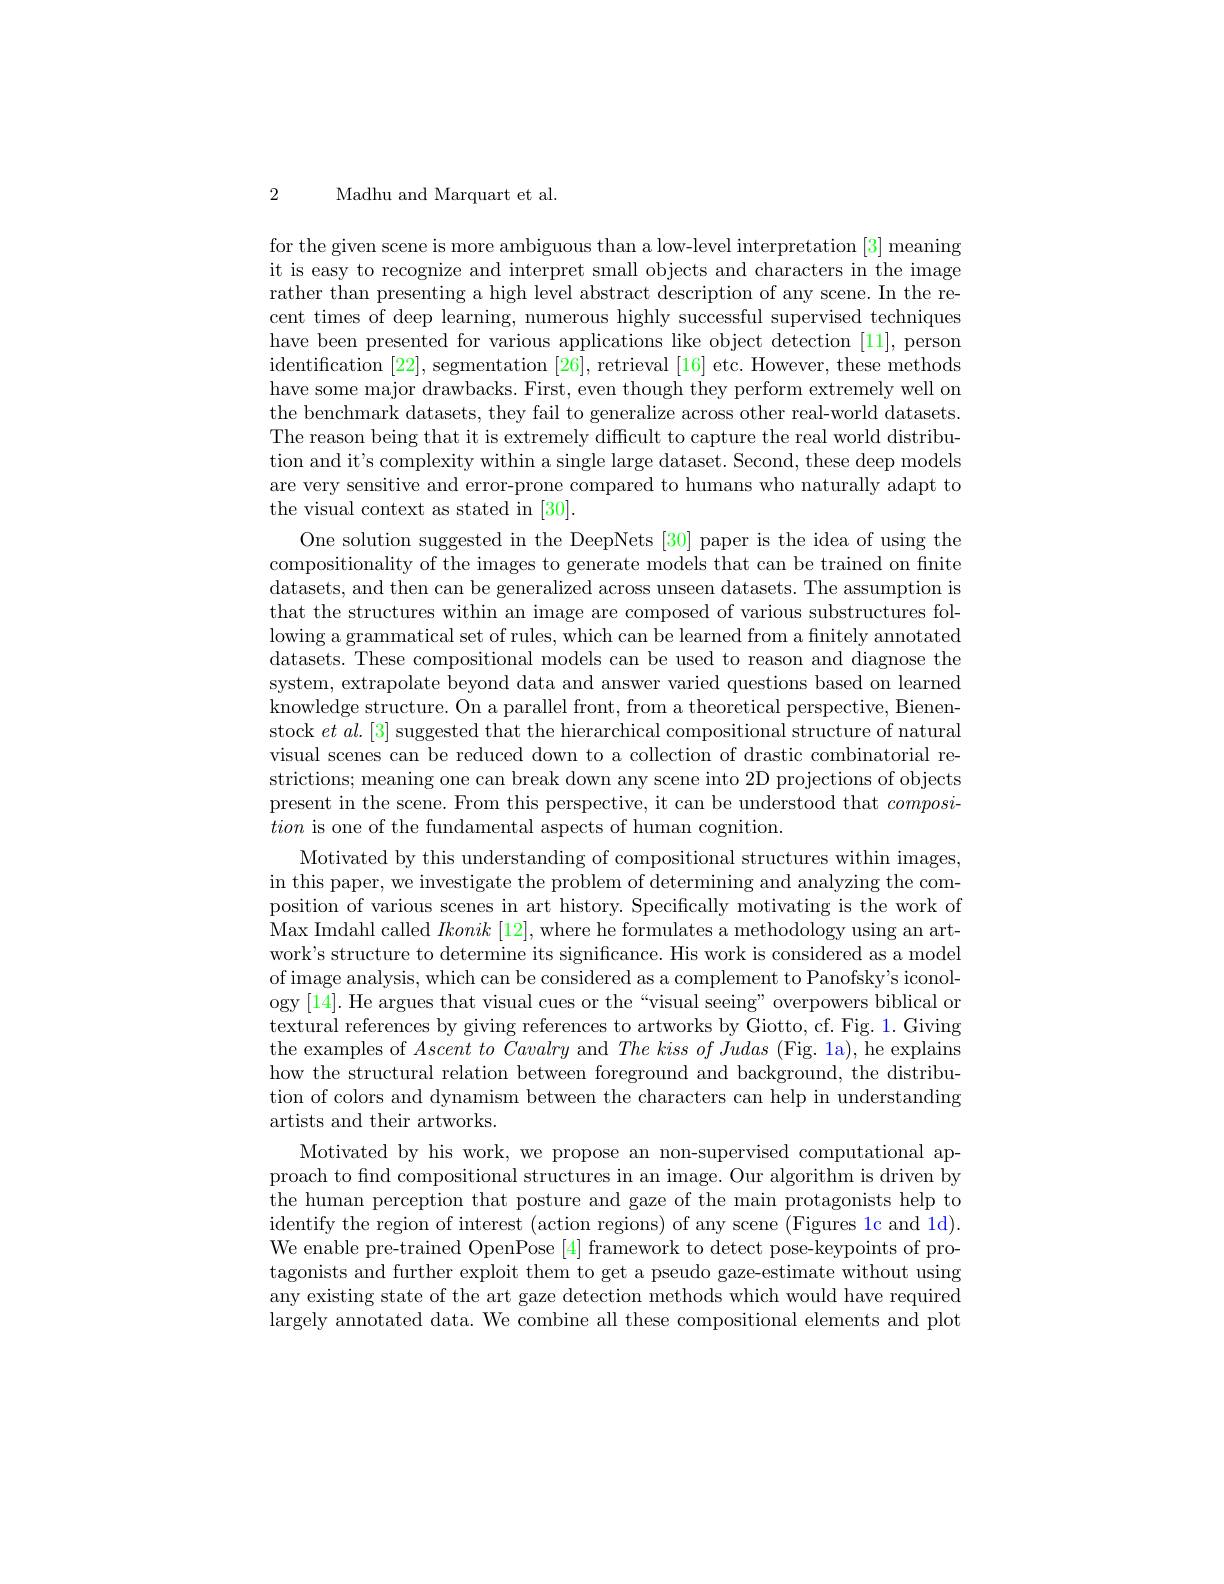
2 Madhu and Marquart et al

for the given scene is more ambiguous than a low-level interpretation [3] meaning it is easy to recognize and interpret small objects and characters in the image rather than presenting a high level abstract description of any scene. In the recent times of deep learning, numerous highly successful supervised techniques have been presented for various applications like object detection [11], person identification [22],segmentation [26], retrieval [16] etc. However, these methods have some major drawbacks. First, even though they perform extremely well on the benchmark datasets, they fail to generalize across other real-world datasets The reason being that it is extremely difficult to capture the real world distribution and it's complexity within a single large dataset. Second, these deep models are very sensitive and error-prone compared to humans who naturally adapt to the visual context as stated in [30].
One solution suggested in the DeepNets [30] paper is the idea of using the compositionality of the images to generate models that can be trained on fnite datasets, and then can be generalized across unseen datasets. The assumption is that the structures within an image are composed of various substructures following a grammatical set of rules, which can be learned from a fnitely annotated datasets. These compositional models can be used to reason and diagnose the system, extrapolate beyond data and answer varied questions based on learned knowledge structure. On a parallel front, from a theoretical perspective, Bienenstock $et\textit{al. [ 3] suggested that the hierarchical compositional structure of natural}$ visual scenes can be reduced down to a collection of drastic combinatorial restrictions; meaning one can break down any scene into 2D projections of objects present in the scene. From this perspective, it can be understood that composition is one of the fundamental aspects of human cognition.
Motivated by this understanding of compositional structures within images, in this paper, we investigate the problem of determining and analyzing the composition of various scenes in art history. Specifically motivating is the work of $\bar{\text{Max Imdahl called }Ikonik}$ [12], where he formulates a methodology using an artwork's structure to determine its significance. His work is considered as a model of image analysis, which can be considered as a complement to Panofsky's iconology [14]. He argues that visual cues or the“visual seeing” overpowers biblical or textural references by giving references to artworks by Giotto, cf. Fig. 1. Giving the examples of $Ascent\textit{to Cavalry and The kiss of Judas ( Fig. 1a) , he explains}$ how the structural relation between foreground and background, the distribution of colors and dynamism between the characters can help in understanding artists and their artworks.
Motivated by his work, we propose an non-supervised computational approach to find compositional structures in an image. Our algorithm is driven by the human perception that posture and gaze of the main protagonists help to identify the region of interest (action regions) of any scene (Figures 1c and 1d). We enable pre-trained OpenPose [4] framework to detect pose-keypoints of protagonists and further exploit them to get a pseudo gaze-estimate without using any existing state of the art gaze detection methods which would have required largely annotated data. We combine all these compositional elements and plot